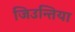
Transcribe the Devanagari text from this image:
जिउन्तिया